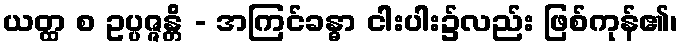
ယတ္ထ စ ဥပ္ပဇ္ဇန္တိ - အကြင်ခန္ဓာ ငါးပါး၌လည်း ဖြစ်ကုန်၏၊